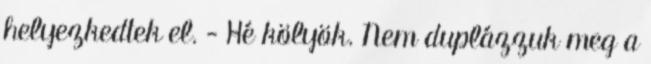
helyezkedtek el. - Hé kölyök. Nem duplázzuk meg a